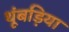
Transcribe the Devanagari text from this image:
थूंबड़िया